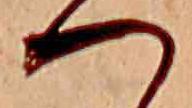
つ